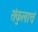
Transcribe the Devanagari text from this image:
संकुलाचं